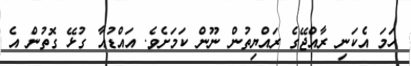
ހަމަ އެކަނި ރާއްޖޭގެ ރައްޔިތުން ނޫން ކަމަށެވެ. އައްޑުއާ ގުޅޭ ގޮތުން އެ